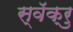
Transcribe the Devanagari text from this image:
स्वॅक्रु